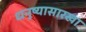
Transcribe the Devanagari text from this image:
धनुष्यासारखा